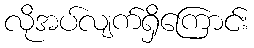
လိုအပ်လျက်ရှိကြောင်း